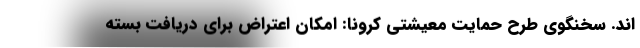
اند. سخنگوی طرح حمایت معیشتی کرونا: امکان اعتراض برای دریافت بسته